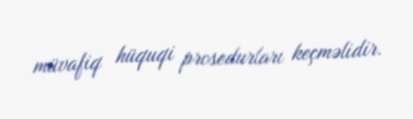
müvafiq hüquqi prosedurları keçməlidir.